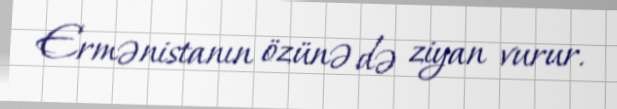
Ermənistanın özünə də ziyan vurur.